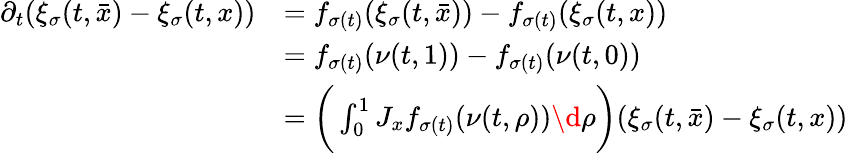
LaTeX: \begin{array}{rl}{\partial_{t}(\xi_{\sigma}(t,\bar{x})-\xi_{\sigma}(t,x))}&{=f_{\sigma(t)}(\xi_{\sigma}(t,\bar{x}))-f_{\sigma(t)}(\xi_{\sigma}(t,x))}\\ &{=f_{\sigma(t)}(\nu(t,1))-f_{\sigma(t)}(\nu(t,0))}\\ &{=\bigg(\int_{0}^{1}J_{x}f_{\sigma(t)}(\nu(t,\rho))\d\rho\bigg)(\xi_{\sigma}(t,\bar{x})-\xi_{\sigma}(t,x))}\end{array}